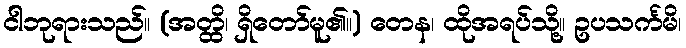
ငါဘုရားသည်။ (အတ္ထိ၊ ရှိတော်မူ၏။) တေန၊ ထိုအရပ်သို့။ ဥပသင်္ကမိ၊